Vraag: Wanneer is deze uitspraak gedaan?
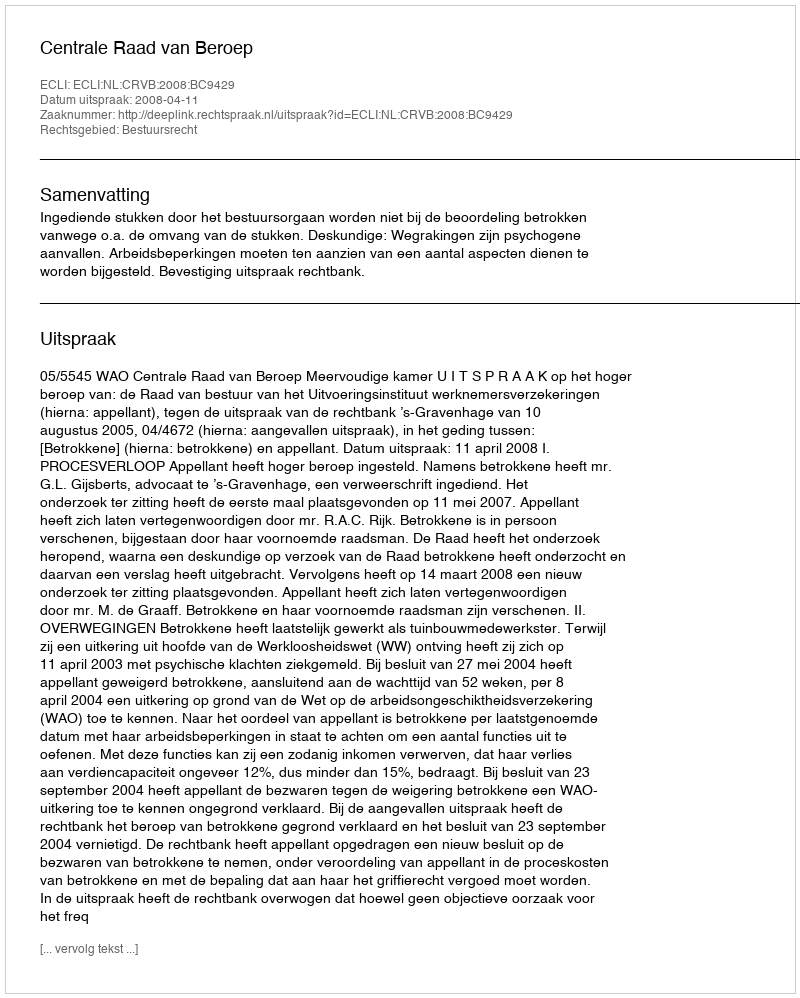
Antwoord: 2008-04-11